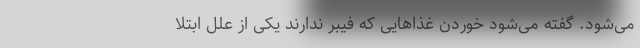
می‌شود. گفته می‌شود خوردن غذاهایی که فیبر ندارند یکی از علل ابتلا